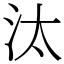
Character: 汰